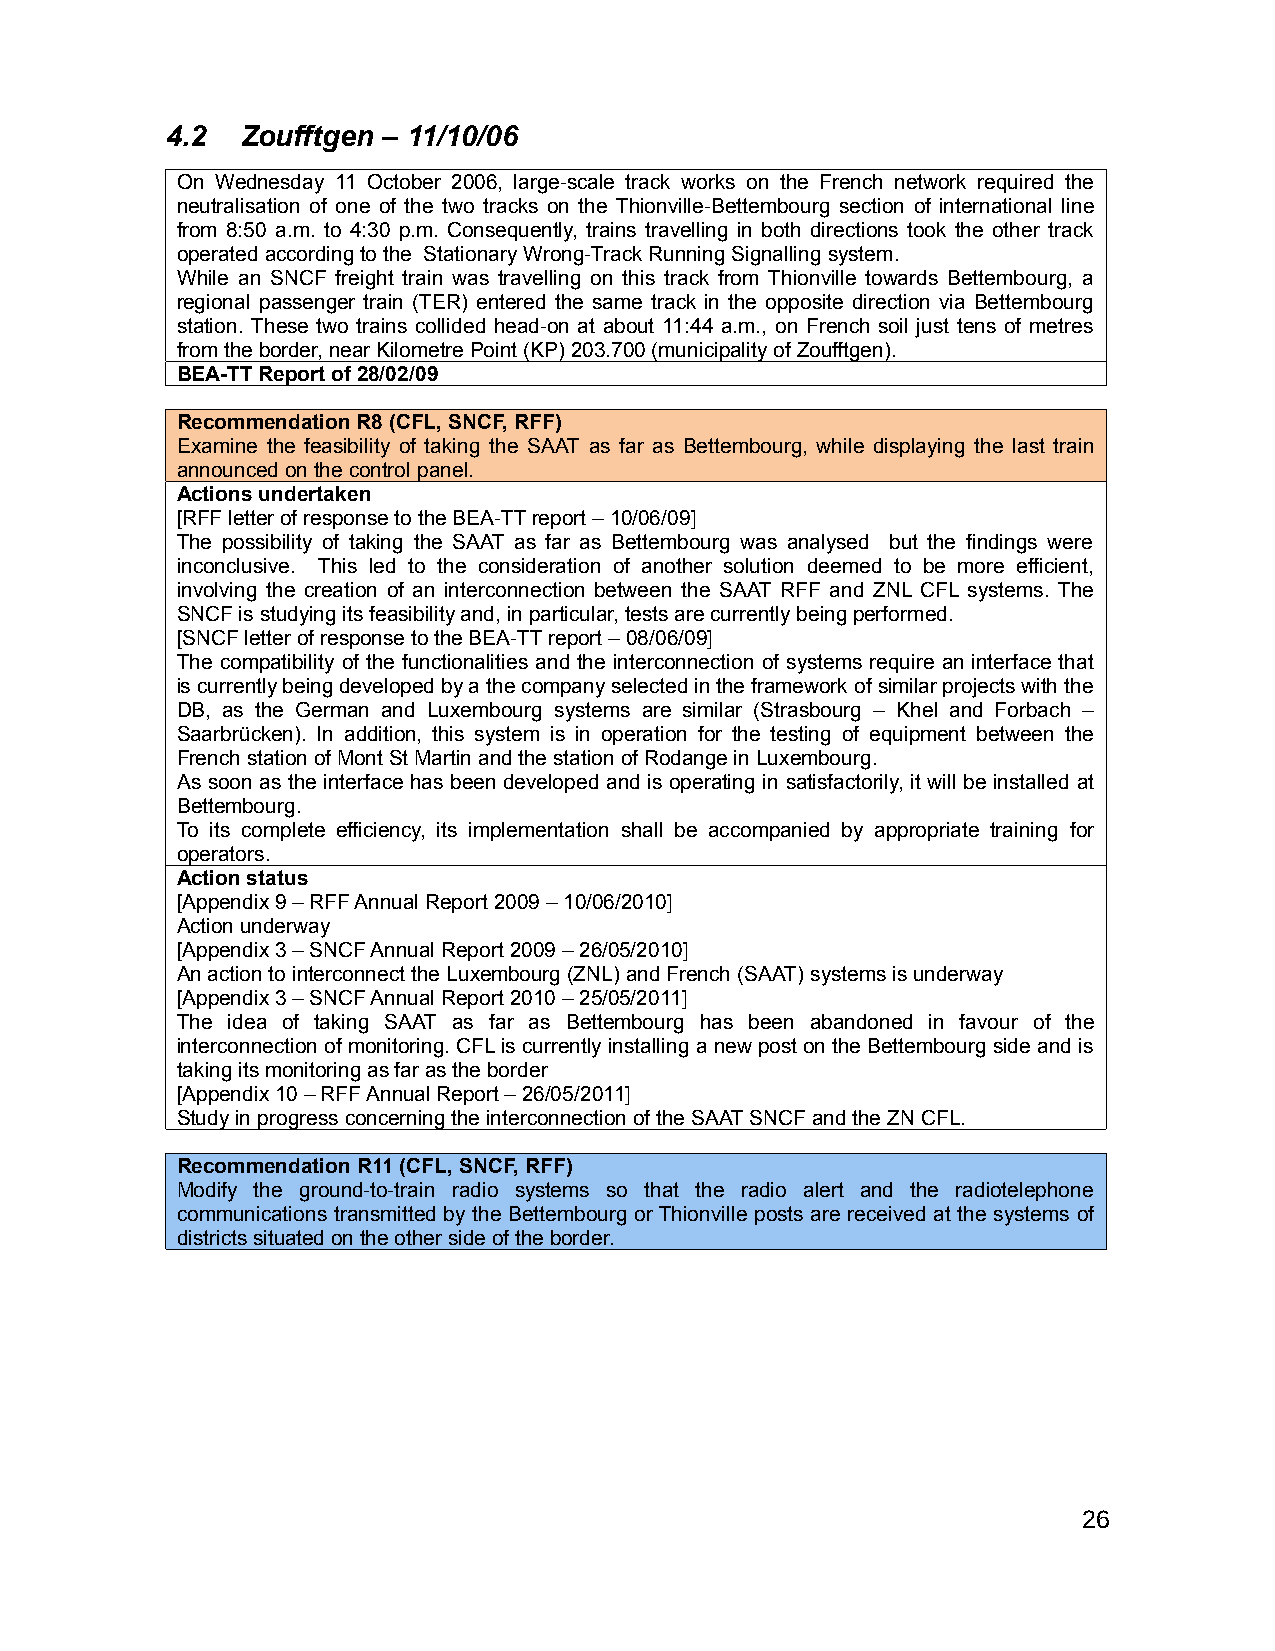
4.2  Zoufftgen – 11/10/06
 On Wednesday 11 October 2006, large-scale track works on the French network required the
 neutralisation of one of the two tracks on the Thionville-Bettembourg section of international line
 from 8:50 a.m. to 4:30 p.m. Consequently, trains travelling in both directions took the other track
 operated according to the Stationary Wrong-Track Running Signalling system.
 While an SNCF freight train was travelling on this track from Thionville towards Bettembourg, a
 regional passenger train (TER) entered the same track in the opposite direction via Bettembourg
 station. These two trains collided head-on at about 11:44 a.m., on French soil just tens of metres
 from the border, near Kilometre Point (KP) 203.700 (municipality of Zoufftgen).
 BEA-TT Report of 28/02/09
 Recommendation R8 (CFL, SNCF, RFF)
 Examine the feasibility of taking the SAAT as far as Bettembourg, while displaying the last train
 announced on the control panel.
 Actions undertaken
 [RFF letter of response to the BEA-TT report – 10/06/09]
 The possibility of taking the SAAT as far as Bettembourg was analysed but the findings were
 inconclusive. This led to the consideration of another solution deemed to be more efficient,
 involving the creation of an interconnection between the SAAT RFF and ZNL CFL systems. The
 SNCF is studying its feasibility and, in particular, tests are currently being performed.
 [SNCF letter of response to the BEA-TT report – 08/06/09]
 The compatibility of the functionalities and the interconnection of systems require an interface that
 is currently being developed by a the company selected in the framework of similar projects with the
 DB, as the German and Luxembourg systems are similar (Strasbourg – Khel and Forbach –
 Saarbrücken). In addition, this system is in operation for the testing of equipment between the
 French station of Mont St Martin and the station of Rodange in Luxembourg.
 As soon as the interface has been developed and is operating in satisfactorily, it will be installed at
 Bettembourg.
 To its complete efficiency, its implementation shall be accompanied by appropriate training for
 operators.
 Action status
 [Appendix 9 – RFF Annual Report 2009 – 10/06/2010]
 Action underway
 [Appendix 3 – SNCF Annual Report 2009 – 26/05/2010]
 An action to interconnect the Luxembourg (ZNL) and French (SAAT) systems is underway
 [Appendix 3 – SNCF Annual Report 2010 – 25/05/2011]
 The idea of taking SAAT as far as Bettembourg has been abandoned in favour of the
 interconnection of monitoring. CFL is currently installing a new post on the Bettembourg side and is
 taking its monitoring as far as the border
 [Appendix 10 – RFF Annual Report – 26/05/2011]
 Study in progress concerning the interconnection of the SAAT SNCF and the ZN CFL.
 Recommendation R11 (CFL, SNCF, RFF)
 Modify the ground-to-train radio systems so that the radio alert and the radiotelephone
 communications transmitted by the Bettembourg or Thionville posts are received at the systems of
 districts situated on the other side of the border.
 26